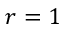
r = 1